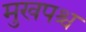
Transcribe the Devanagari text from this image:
मुखपश्च